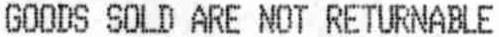
GOODS SOLD ARE NOT RETURNABLE